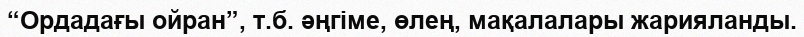
“Ордадағы ойран”, т.б. әңгіме, өлең, мақалалары жарияланды.